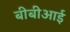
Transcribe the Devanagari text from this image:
बीबीआई